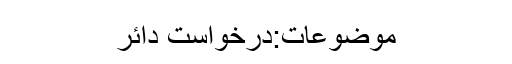
موضوعات:درخواست دائر